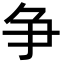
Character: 争